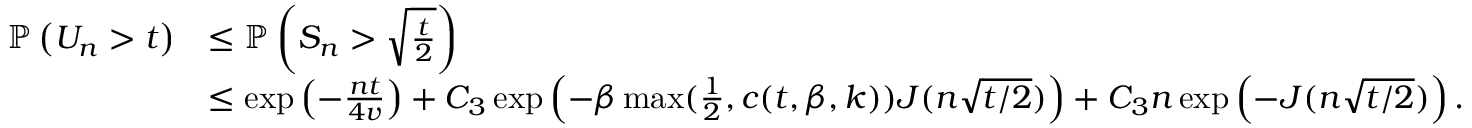
\begin{array} { r l } { \mathbb { P } _ { } \left( { U _ { n } > t } \right) } & { \leq \mathbb { P } _ { } \left( { S _ { n } > \sqrt { \frac { t } { 2 } } } \right) } \\ & { \leq \exp \left( { - \frac { n t } { 4 v } } \right) + C _ { 3 } \exp \left( { - \beta \operatorname* { m a x } ( \frac { 1 } { 2 } , c ( t , \beta , k ) ) J ( n \sqrt { t / 2 } ) } \right) + C _ { 3 } n \exp \left( { - J ( n \sqrt { t / 2 } ) } \right) . } \end{array}